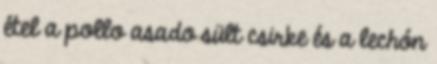
étel a pollo asado sült csirke és a lechón